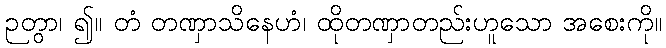
ဉတွာ၊ ၍။ တံ တဏှာသိနေဟံ၊ ထိုတဏှာတည်းဟူသော အစေးကို။